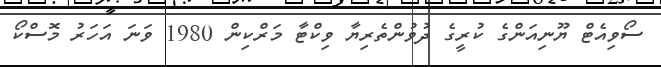
ސޯވިއެޓް ޔޫނިއަންގެ ކުރީގެ ދުވުންތެރިޔާ ވިކްޓާ މަރްކިން 1980 ވަނަ އަހަރު މޮސްކޯ